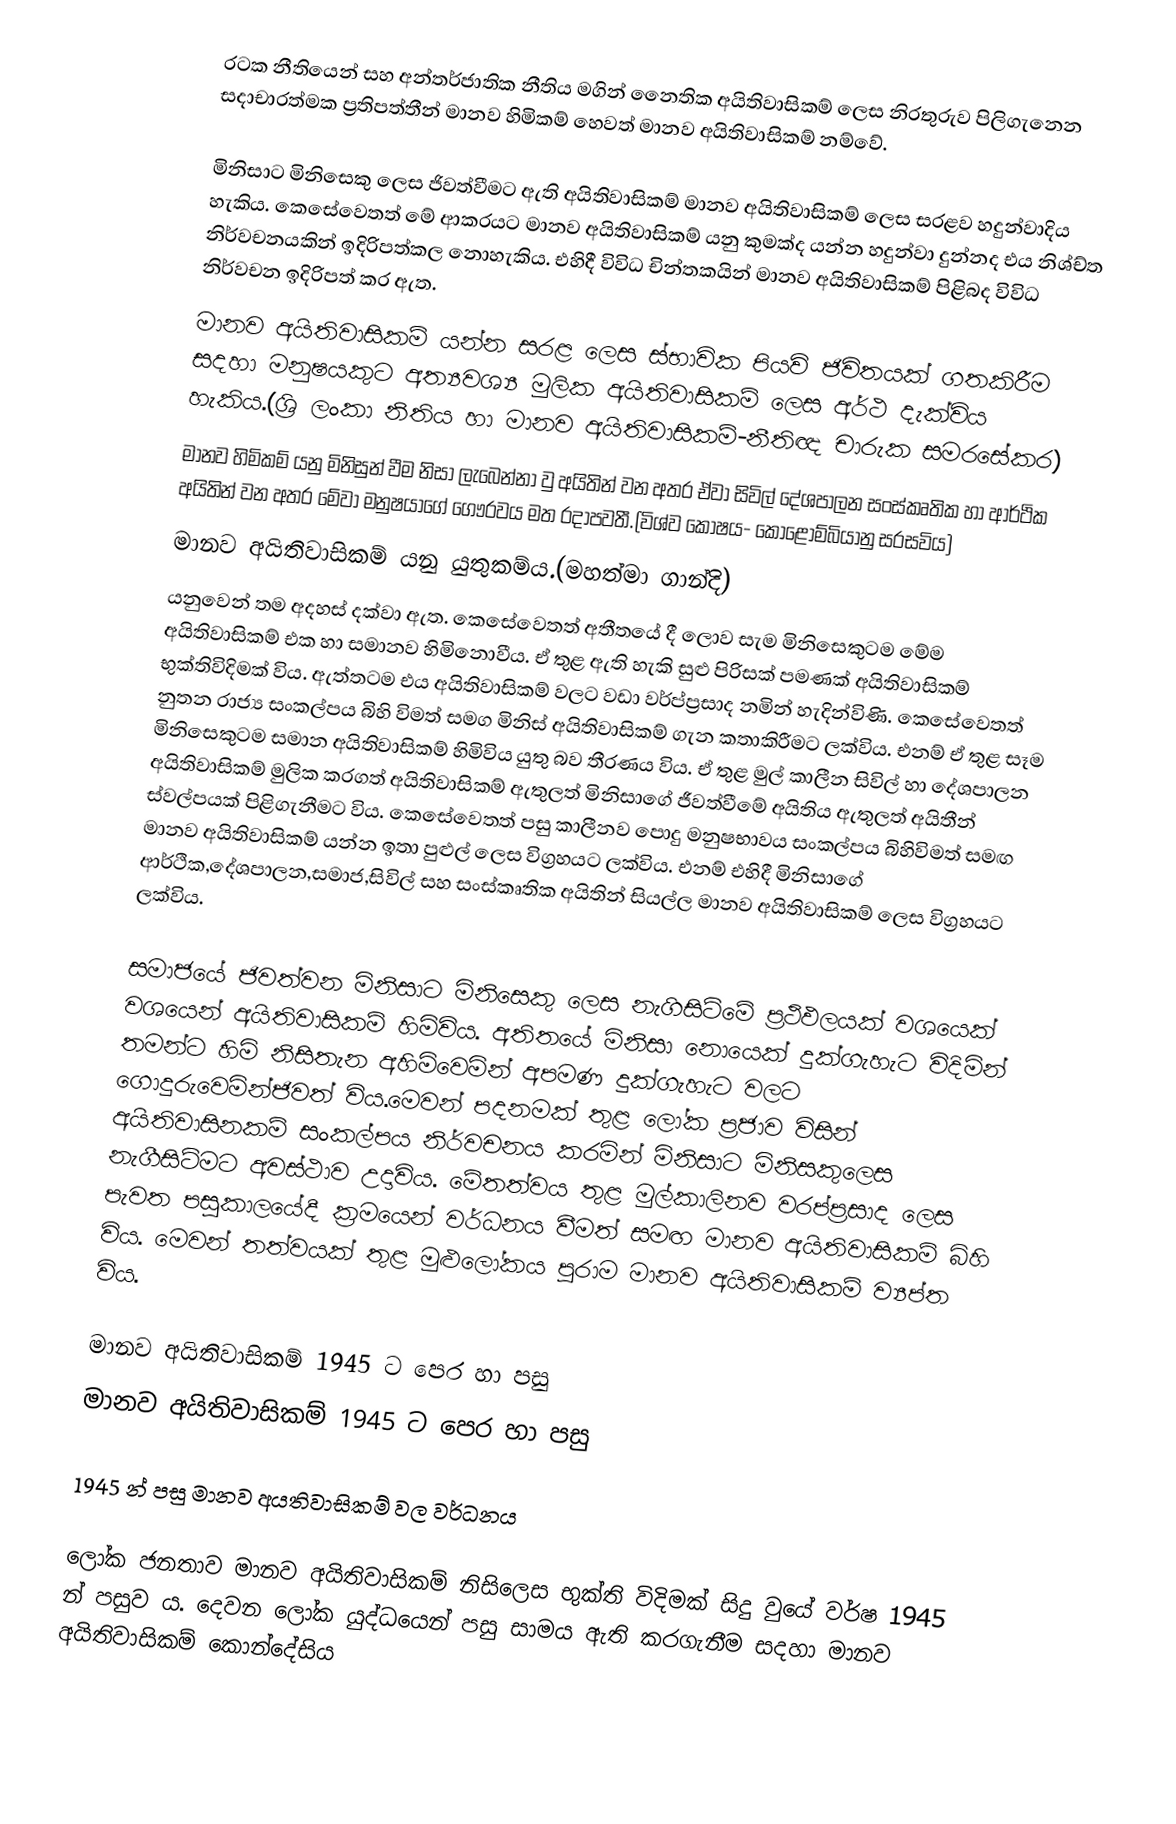
රටක නීතියෙන් සහ අන්තර්ජාතික නීතිය මගින් නෛතික අයිතිවාසිකම් ලෙස නිරතුරුව පිලිගැනෙන සදාචාරත්මක ප්‍රතිපත්තීන් මානව හිමිකම් හෙවත් මානව අයිතිවාසිකම් නම්වේ.

	මිනිසාට මිනිසෙකු ලෙස ජිවත්වීමට ඇති අයිතිවාසිකම් මානව අයිතිවාසිකම් ලෙස සරළව හදුන්වාදිය හැකිය. කෙසේවෙතත් මේ ආකරයට මානව අයිතිවාසිකම් යනු කුමක්ද යන්න හදුන්වා දුන්නද එය නිශ්ච්ත නිර්වචනයකින් ඉදිරිපත්කල නොහැකිය. එහිදී විවිධ චින්තකයින් මානව අයිතිවාසිකම් පිළිබද විවිධ නිර්වචන ඉදිරිපත් කර ඇත.
	මානව අයිතිවාසිකම් යන්න සරළ ලෙස ස්භාවික පියවි ජිවිතයක් ගතකිරීම සදහා මනුෂයකුට අත්‍යවශ්‍ය මුලික අයිතිවාසිකම් ලෙස අර්ථ දැක්විය හැකිය.(ශ්‍රි ලංකා නිතිය හා මානව අයිතිවාසිකම්-නීතිඥ චාරුක සමරසේකර)
	මානව හිමිකම් යනු මිනිසුන් වීම නිසා ලැබෙන්නා වු අයිතින් වන අතර ඒවා සිවිල් දේශපාලන සංස්කෘතික හා ආර්ථික අයිතින් වන අතර මේවා මනුෂයාගේ ගෞරවය මත රදාපවතී.(විශ්ව කෝෂය- කොළොම්බියානු සරසවිය)
	මානව අයිතිවාසිකම් යනු යුතුකම්ය.(මහත්මා ගාන්දි)
		යනුවෙන් තම අදහස් දක්වා ඇත. කෙසේවෙතත් අතීතයේ දී ලොව සැම මිනිසෙකුටම මේම අයිතිවාසිකම් එක හා සමානව හිමිනොවීය. ඒ තුළ ඇති හැකි සුළු පිරිසක් පමණක් අයිතිවාසිකම් භුක්තිවිදිමක් විය. ඇත්තටම එය අයිතිවාසිකම් වලට වඩා වර්ප්ප්‍රසාද නමින් හැදින්විණි. කෙසේවෙතත් නුතන රාජ්‍ය සංකල්පය බිහි විමත් සමග මිනිස් අයිතිවාසිකම් ගැන කතාකිරීමට ලක්විය. එනම් ඒ තුළ සෑම මිනිසෙකුටම සමාන අයිතිවාසිකම් හිමිවිය යුතු බව තීරණය විය. ඒ තුළ මුල් කාලීන සිවිල් හා දේශපාලන අයිතිවාසිකම් මුලික කරගත් අයිතිවාසිකම් ඇතුලත් මිනිසාගේ ජීවත්වීමේ අයිතිය  ඇතුලත් අයිතීන් ස්වල්පයක් පිළිගැනීමට විය. කෙසේවෙතත් පසු කාලීනව පොදු මනුෂභාවය සංකල්පය බිහිවිමත් සමඟ මානව අයිතිවාසිකම් යන්න ඉතා පුළුල් ලෙස විග්‍රහයට ලක්විය. එනම් එහිදී මිනිසාගේ ආර්ථික,දේශපාලන,සමාජ,සිවිල් සහ සංස්කෘතික අයිතින් සියල්ල මානව අයිතිවාසිකම් ලෙස විග්‍රහයට ලක්විය.

සමාජයේ ජිවත්වන මිනිසාට මිනිසෙකු ලෙස නැගිසිටිමේ ප්‍රථිඵලයක් වශයෙක් වශයෙන් අයිතිවාසිකම් හිමිවිය. අතිතයේ මිනිසා නොයෙක් දුක්ගැහැට විදිමින් තමන්ට හිමි නිසිතැන අහිමිවෙමින් අපමණ දුක්ගැහැට වලට ගොදුරුවෙමින්ජිවත් විය.මෙවන් පදනමක් තුළ ලෝක ප්‍රජාව විසින් අයිතිවාසිනකම් සංකල්පය නිර්වචනය කරමින් මිනිසාට මිනිසකුලෙස නැගීසිටිමට අවස්ථාව උදාවිය. මේතත්වය තුළ මුල්කාලිනව වරප්ප්‍රසාද ලෙස පැවත පසුකාලයේදී ක්‍රමයෙන් වර්ධනය වීමත් සමඟ මානව අයිතිවාසිකම් බිහි විය. මෙවන් තත්වයක් තුළ මුළුලෝකය පුරාම මානව අයිතිවාසිකම් ව්‍යප්ත විය.

මානව අයිතිවාසිකම් 1945 ට පෙර හා පසු
මානව අයිතිවාසිකම් 1945 ට පෙර හා පසු

1945 න් පසු මානව අයතිවාසිකම් වල වර්ධනය

		  ලෝක ජනතාව මානව අයිතිවාසිකම් නිසිලෙස භුක්ති විදිමක් සිදු වුයේ වර්ෂ 1945 න් පසුව ය. දෙවන ලෝක යුද්ධයෙන් පසු සාමය ඇති කරගැනීම සදහා මානව අයිතිවාසිකම් කොන්දේසිය